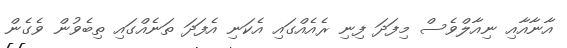
އާނާއާއި ނިއާލްވެސް މިފަދަ ފިނި ރެއެއްގައި އެކަނި އެފަދަ ތަނެއްގައި ތިބެވުން ވެގެން